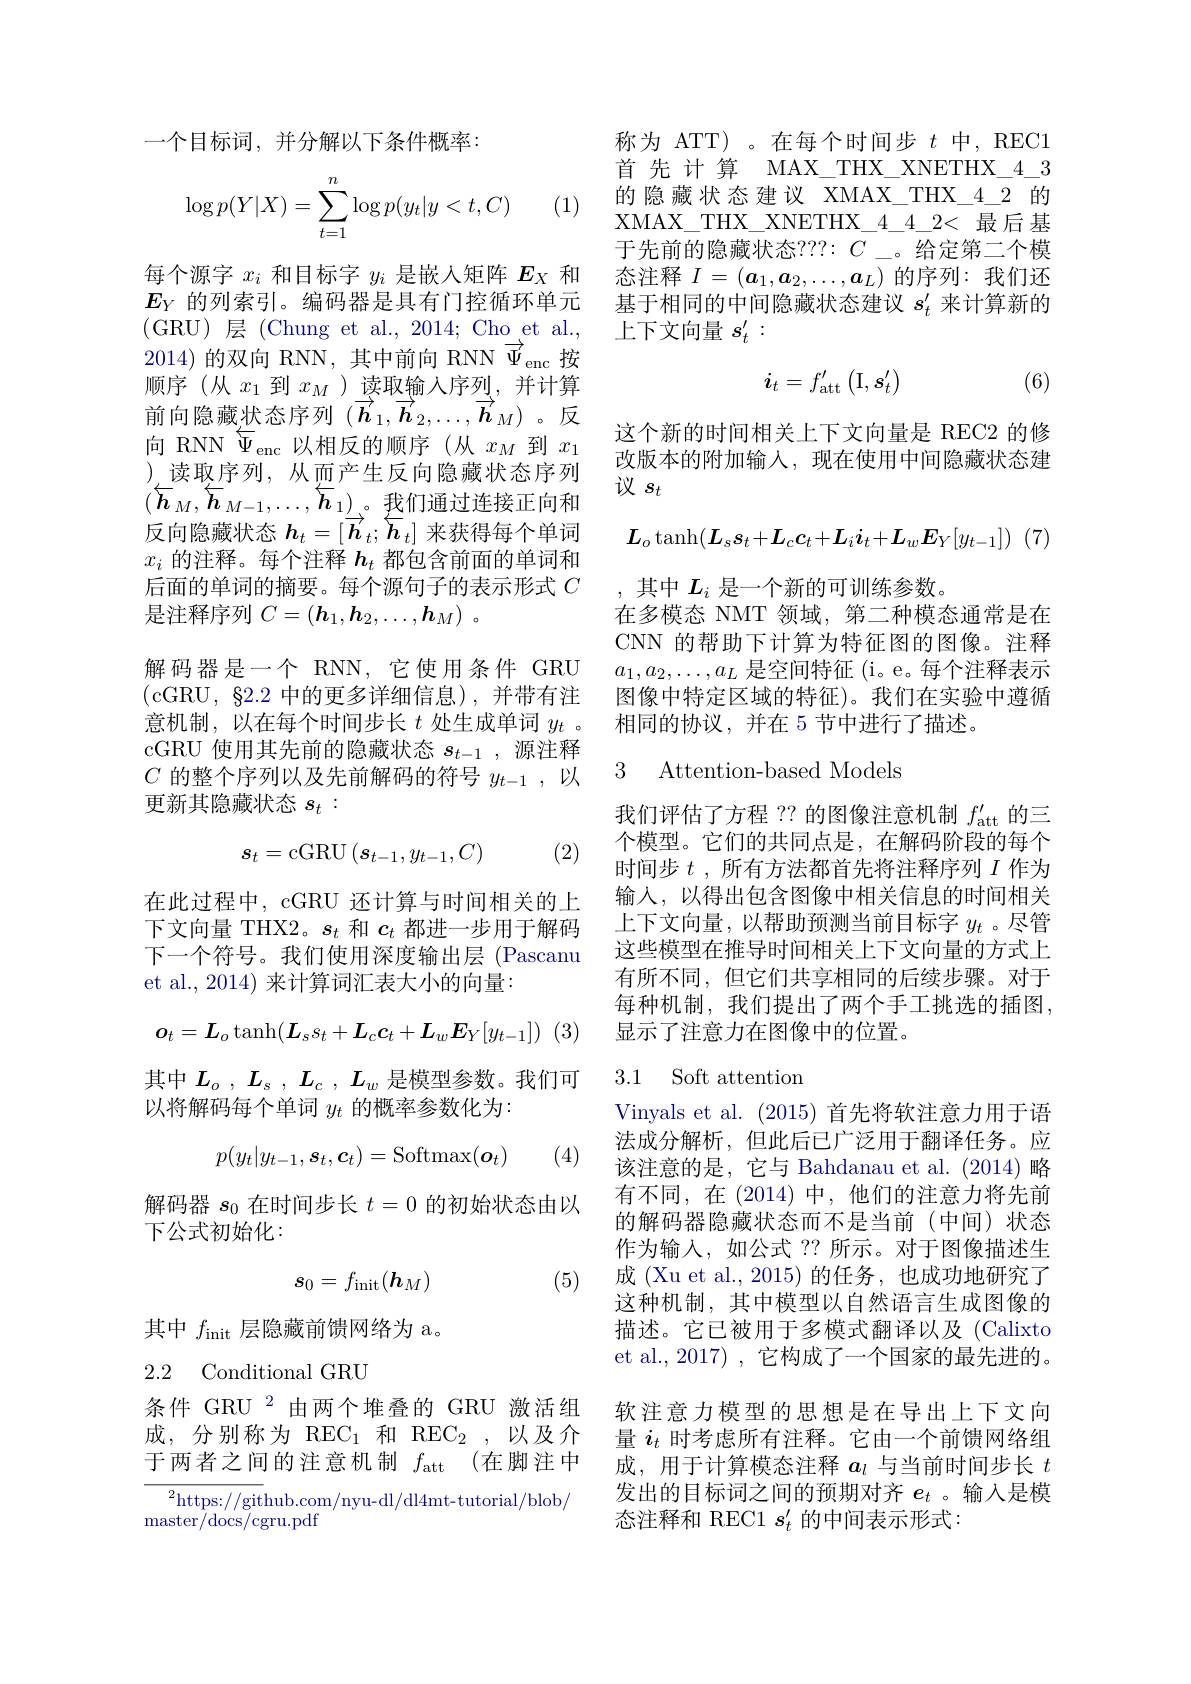
一个目标词，并分解以下条件概率：

(1)
$$\begin{aligned}\log p(Y|X)=\sum_{t=1}^n\log p(y_t|y<t,C)\end{aligned}$$
每个源字$x_i$和目标字$y_i$是嵌入矩阵$E_X$和2014)的双向 RNN,其中前向 RNN $\overrightarrow{\Psi}_{\mathrm{enc}}$按顺序 (从$x_1$到$x_M\overset{\text{)读取输入序列}}{\operatorname*{\to}}\underset{\rightarrow}{\operatorname*{\to}}\overset{\text{ 并计算}}{\operatorname*{\to}}$ 前向隐藏状态序列$(\overrightarrow{\boldsymbol{h}}_1,\overrightarrow{\boldsymbol{h}}_2,\ldots,\overrightarrow{\boldsymbol{h}}_M)$ 。反向 RNN $\overleftarrow{\Psi}_\mathrm{enc}$以相反的顺序(从$x_M$ 到$x_1$ ),读取序列，从而产生反向隐藏状态序列$(\overleftarrow{\boldsymbol{h}}_M,\overleftarrow{\boldsymbol{h}}_{M-1},\ldots,\overleftarrow{\boldsymbol{h}}_1)\underset{\rightarrow}{\operatorname*{\operatorname*{\operatorname*{\longrightarrow}}}}$。我们通过连接正向和反向隐藏状态$h_t=[\overrightarrow{\boldsymbol{h}}_t;\overleftarrow{\boldsymbol{h}}_t]$来获得每个单词$x_i$的注释。每个注释$h_t$都包含前面的单词和后面的单词的摘要。每个源句子的表示形式$C$ 是注释序列$C=(\boldsymbol{h}_1,\boldsymbol{h}_2,\ldots,\boldsymbol{h}_M)$ 。
解码器是一个 RNN,它使用条件 GRU (cGRU,82.2中的更多详细信息),并带有注意机制，以在每个时间步长$t$处生成单词$y_t$ 。cGRU 使用其先前的隐藏状态$s_t-1$,源注释$C$的整个序列以及先前解码的符号$y_t-1$,以更新其隐藏状态$s_t:$
$$s_t=\mathrm{cGRU}\left(s_{t-1},y_{t-1},C\right)$$
(2)

在此过程中，cGRU 还计算与时间相关的上下文向量 THX2。$s_t$和$c_t$都进一步用于解码下一个符号。我们使用深度输出层 (Pascanu et al., 2014) 来计算词汇表大小的向量：
$$o_t=L_o\tanh(L_ss_t+L_cc_t+L_wE_Y[y_{t-1}])$$
其中$L_o$ , $L_s$ , $L_c$ , $L_w$ 是模型参数。我们可
以将解码每个单词$y_t$的概率参数化为：
$$p(y_t|y_{t-1},\boldsymbol{s}_t,\boldsymbol{c}_t)=\mathrm{Softmax}(\boldsymbol{o}_t)$$
(4)

解码器$s_0$在时间步长$t=0$的初始状态由以
下公式初始化：
$$s_0=f_{\mathrm{init}}(\boldsymbol{h}_M)$$
(5)

其中$f_\mathrm{init}$层隐藏前馈网络为 a。

## 2.2 Conditional GRU

条件 GRU $^{2}$由两个堆叠的 GRU 激活组于两者之间的注意机制$f_\mathrm{att}$ (在脚注中

${\overline{{^2}\text{https://git}}}$hub.com/nyu-dl/dl4mt-tutorial/blob/

${\mathrm{master}/\mathrm{docs}/\mathrm{cgru.pdf}}$

称为 ATT)。在每个时间步$t$中，REC1首 先 计 算 MAX\_THX\_XNETHX\_4\_3的隐藏状态建议 XMAX\_THX\_4\_2 的XMAX\_THX\_XNETHX\_4\_2< 最后基于先前的隐藏状态？??: $C_{-}$。给定第二个模态注释$I=(\boldsymbol{a}_1,\boldsymbol{a}_2,\ldots,\boldsymbol{a}_L)$的序列：我们还
$E_Y$的列索引。编码器是具有门控循环单元 基于相同的中间隐藏状态建议$s_t^{\prime}$来计算新的
(GRU)层(Chung et al.,2014; Cho et al., 上下文向量 $s_t^\prime:$
$$\boldsymbol{i}_t=f'_{\mathrm{att}}\begin{pmatrix}\mathrm I,s'_t\end{pmatrix}$$
(6)

这个新的时间相关上下文向量是 REC2 的修改版本的附加输入，现在使用中间隐藏状态建议$s_t$
$$L_o\tanh(L_ss_t+L_cc_t+L_ii_t+L_wE_Y[y_{t-1}])$$
其中$L_i$是一个新的可训练参数。
在多模态 NMT 领域，第二种模态通常是在CNN 的帮助下计算为特征图的图像。注释$a_1,a_2,\ldots,a_L$是空间特征 (i。e。每个注释表示图像中特定区域的特征)。我们在实验中遵循相同的协议，并在 5 节中进行了描述。

3 Attention-based Models

我们评估了方程 ??的图像注意机制$f_\mathrm{att}^{\prime}$的三个模型。它们的共同点是，在解码阶段的每个时间步$t$ ,所有方法都首先将注释序列$I$作为输入，以得出包含图像中相关信息的时间相关上下文向量，以帮助预测当前目标字$y_t$ 。尽管这些模型在推导时间相关上下文向量的方式上有所不同，但它们共享相同的后续步骤。对于每种机制，我们提出了两个手工挑选的插图， 显示了注意力在图像中的位置。

### 3.1 Soft attentiom

Vinyals et al. (2015) 首先将软注意力用于语法成分解析，但此后已广泛用于翻译任务。应该注意的是，它与 Bahdanau et al.(2014) 略有不同，在(2014)中，他们的注意力将先前的解码器隐藏状态而不是当前(中间)状态作为输入，如公式 ?? 所示。对于图像描述生成 (Xu et al., 2015) 的任务，也成功地研究了这种机制，其中模型以自然语言生成图像的描述。它已被用于多模式翻译以及(Calixto et al., 2017) , 它构成了一个国家的最先进的。软注意力模型的思想是在导出上下文向
成，分别称为 REC$_1$和 REC$_2$ ,以及介 量$i_t$时考虑所有注释。它由一个前馈网络组
成，用于计算模态注释$a_l$与当前时间步长$t$ 发出的目标词之间的预期对齐$e_t$ 。输入是模态注释和 REC1 $s_t^{\prime}$的中间表示形式：